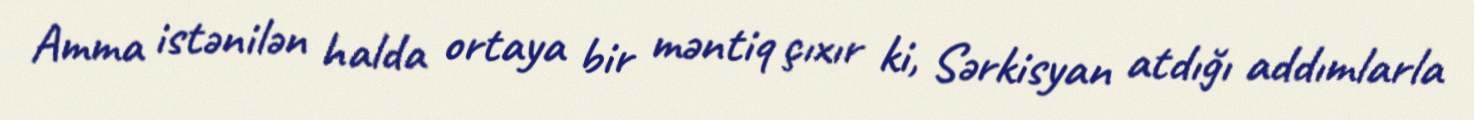
Amma istənilən halda ortaya bir məntiq çıxır ki, Sərkisyan atdığı addımlarla